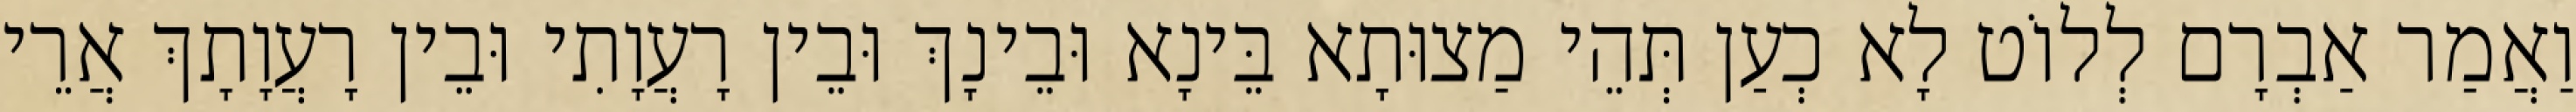
וַאֲמַר אַבְרָם לְלוֹט לָא כְעַן תְּהֵי מַצוּתָא בֵּינָא וּבֵינָךְ וּבֵין רָעֲוָתִי וּבֵין רָעֲוָתָךְ אֲרֵי